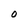
Character: 0